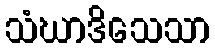
သံဃာဒိသေသာ